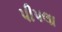
પીપલા